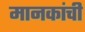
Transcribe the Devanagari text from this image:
मानकांची